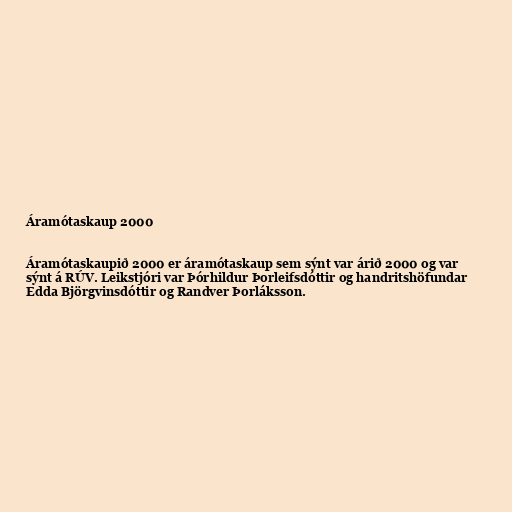
Áramótaskaup 2000

Áramótaskaupið 2000 er áramótaskaup sem sýnt var árið 2000 og var
sýnt á RÚV. Leikstjóri var Þórhildur Þorleifsdóttir og handritshöfundar
Edda Björgvinsdóttir og Randver Þorláksson.